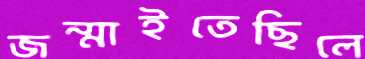
জন্মাইতেছিলে